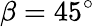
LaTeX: \beta=45^{\circ}